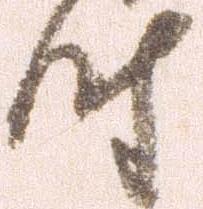
時